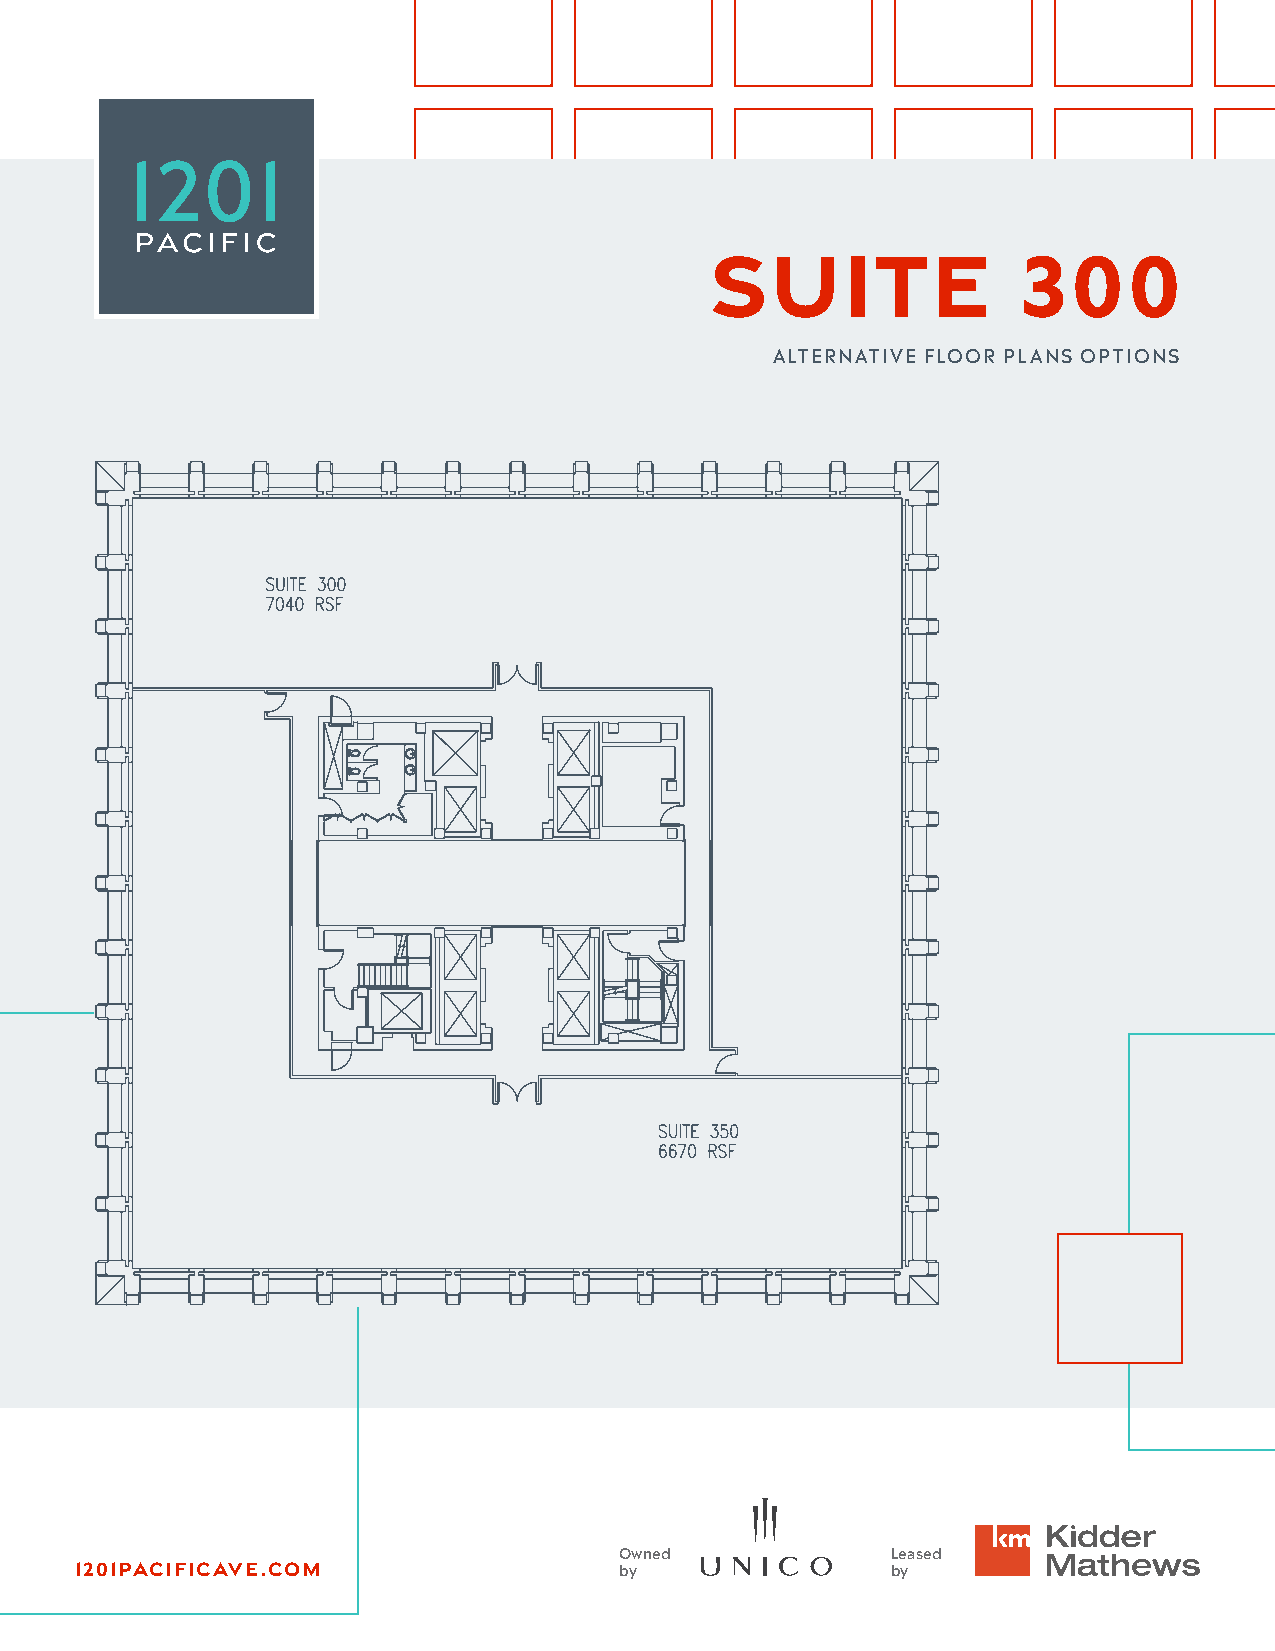
Suite                300
 ALTERNATIVE FLOOR PLANS OPTIONS
 Owned             Leased
 1201pacificave.com                  by                by